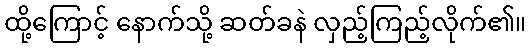
ထို့ကြောင့် နောက်သို့ ဆတ်ခနဲ လှည့်ကြည့်လိုက်၏။